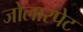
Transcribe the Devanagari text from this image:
जोलारपेट